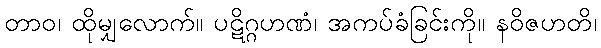
တာဝ၊ ထိုမျှလောက်။ ပဋိဂ္ဂဟဏံ၊ အကပ်ခံခြင်းကို။ နဝိဇဟတိ၊